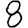
Digit: 8